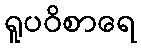
ရူပဝိစာရေ